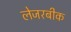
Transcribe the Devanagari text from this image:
लेजरबीक